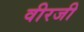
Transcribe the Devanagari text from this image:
वीरजी